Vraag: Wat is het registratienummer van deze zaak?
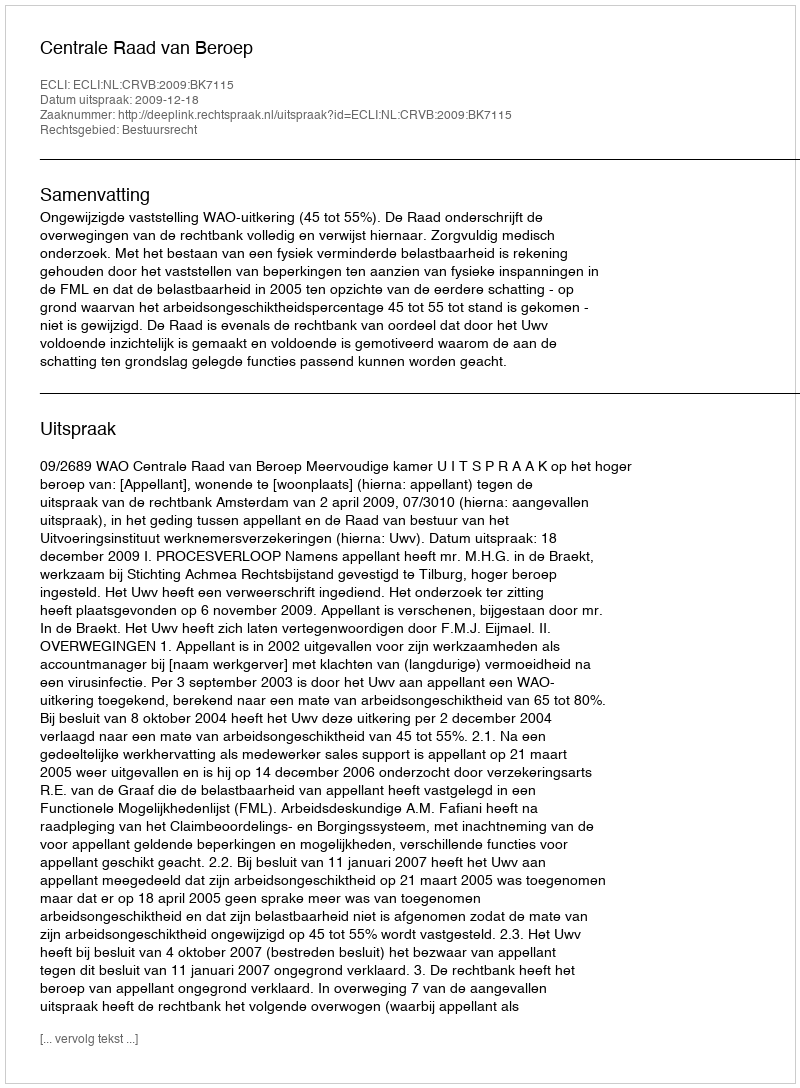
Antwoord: http://deeplink.rechtspraak.nl/uitspraak?id=ECLI:NL:CRVB:2009:BK7115